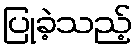
ပြုခဲ့သည့်